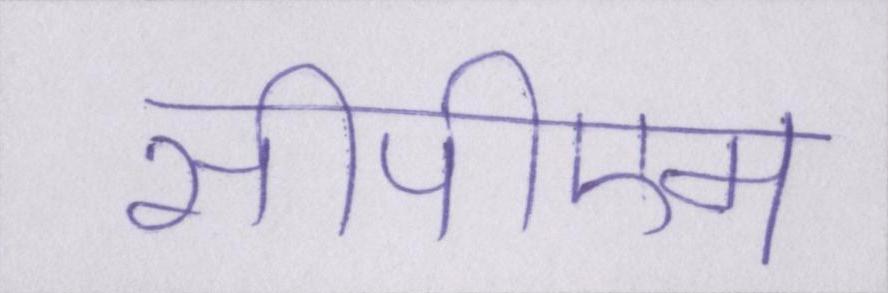
सीपीएम